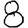
Digit: 8